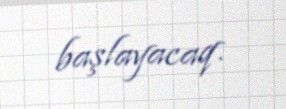
başlayacaq.